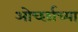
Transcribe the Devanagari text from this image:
ओर्च्छाच्या